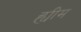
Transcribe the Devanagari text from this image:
ह्यीम